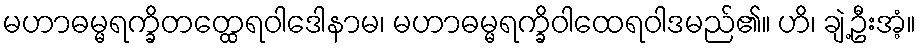
မဟာဓမ္မရက္ခိတတ္ထေရဝါဒေါနာမ၊ မဟာဓမ္မရက္ခိဝါထေရဝါဒမည်၏။ ဟိ၊ ချဲ့ဦးအံ့။